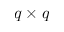
q \times q